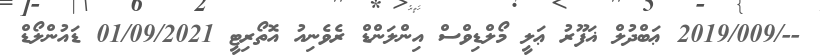
--/2019/009 ޢަބްދުލް ޣަފޫރު ޢަލީ މޯލްޑިވްސް އިންލަންޑް ރެވެނިއު އޮތޯރިޓީ 01/09/2021 ޑައުންލޯޑް